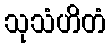
သုသံဟိတံ